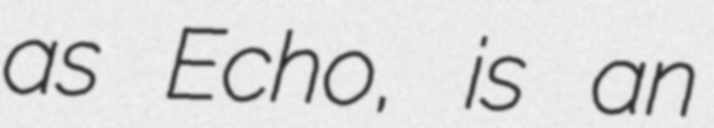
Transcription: as Echo, is an